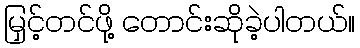
မြှင့်တင်ဖို့ တောင်းဆိုခဲ့ပါတယ်။